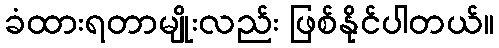
ခံထားရတာမျိုးလည်း ဖြစ်နိုင်ပါတယ်။